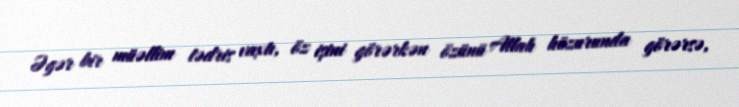
Əgər bir müəllim tədris vaxtı, öz işini görərkən özünü Allah hüzurunda görərsə,